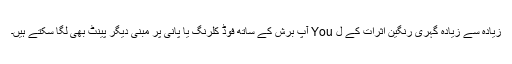
زیادہ سے زیادہ گہری رنگین اثرات کے ل You آپ برش کے ساتھ فوڈ کلرنگ یا پانی پر مبنی دیگر پینٹ بھی لگا سکتے ہیں۔